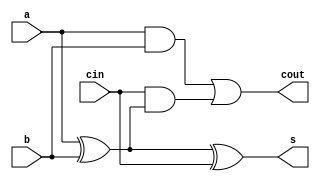

////////////////////////////////////////////////////////
//                                                    //
// Description  : adder with rca                      //
//                                                    //                  
//                                                    //
////////////////////////////////////////////////////////

module fa(output s,output cout, input a,input b,input cin);
wire g,p,gout,pout,c0;
assign g= a&b;
assign p= a^b;

assign c0=cin;
assign pout=p;
assign gout=g;
    
assign s=p^c0;
assign cout=g|(cin&p);

endmodule
///////////////////////////////////////////////////////////////////////////

module rca8(s,cout,a,b,cin);

output [7:0]s;
output cout;
input cin;
input [7:0]a,b;
wire [8:0]c;
fa  add0(s[0],c[1],a[0],b[0],cin);
fa  add1(s[1],c[2],a[1],b[1],c[1]);
fa  add2(s[2],c[3],a[2],b[2],c[2]);
fa  add3(s[3],c[4],a[3],b[3],c[3]);
fa  add4(s[4],c[5],a[4],b[4],c[4]);
fa  add5(s[5],c[6],a[5],b[5],c[5]);
fa  add6(s[6],c[7],a[6],b[6],c[6]);
fa  add7(s[7],cout,a[7],b[7],c[7]);

endmodule

///////////////////////////////////////////////////////////////////////

module rca16(s,cout,a,b,cin);
output [15:0]s;
output cout;
input  [15:0]a,b;
input  cin;

wire    c1;

rca8    add1(s[7:0],c1,a[7:0],b[7:0],cin);
rca8    add2(s[15:8],cout,a[15:8],b[15:8],c1);

endmodule
////////////////////////////////////////////////////////////////////////

module rca9(s,cout,a,b,cin);
output  [8:0]s;
output  cout;
input   [8:0]a,b;
input   cin;

wire   m1;

rca8   add1(s[7:0],m1,a[7:0],b[7:0],cin);
fa     add2(s[8],cout,a[8],b[8],m1);

endmodule

//////////////////////////////////////////////////////////////////////

module rca10(s,cout,a,b,cin);
output  [9:0]s;
output  cout;
input   [9:0]a,b;
input   cin;

wire   m1;

rca9   add1(s[8:0],m1,a[8:0],b[8:0],cin);
fa     add2(s[9],cout,a[9],b[9],m1);

endmodule

//////////////////////////////////////////////////////////////////

module rca25(s,cout,a,b,cin);
output [24:0]s;
output cout;
input  [24:0]a,b;
input  cin;

wire    c1;
rca16   add1(s[15:0],c1,a[15:0],b[15:0],cin);
rca9    add3(s[24:16],cout,a[24:16],b[24:16],c1);
endmodule

module rca26(s,cout,a,b,cin);
output [25:0]s;
output cout;
input  [25:0]a,b;
input  cin;

wire    m1,m2,m3;

rca25    add1(s[24:0],m1,a[24:0],b[24:0],cin);
fa       add2(s[25],cout,a[25],b[25],m1);

endmodule

////////////////////////////////////////////////////////////////